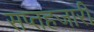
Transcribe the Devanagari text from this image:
सप्तहजारी